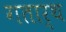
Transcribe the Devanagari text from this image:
गतार्थ